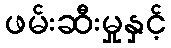
ဖမ်းဆီးမှုနှင့်